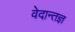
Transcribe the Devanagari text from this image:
वेदान्तज्ञ